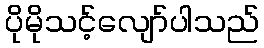
ပိုမိုသင့်လျော်ပါသည်